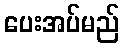
ပေးအပ်မည်